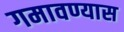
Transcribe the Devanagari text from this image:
गमावण्यास